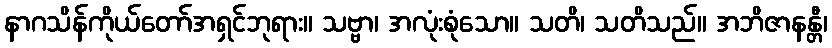
နာဂသိန်ကိုယ်တော်အရှင်ဘုရား။ သဗ္ဗာ၊ အလုံးစုံသော။ သတိ၊ သတိသည်။ အဘိဇာနန္တီ၊